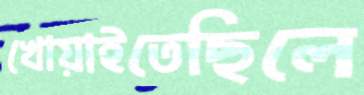
খোয়াইতেছিলে